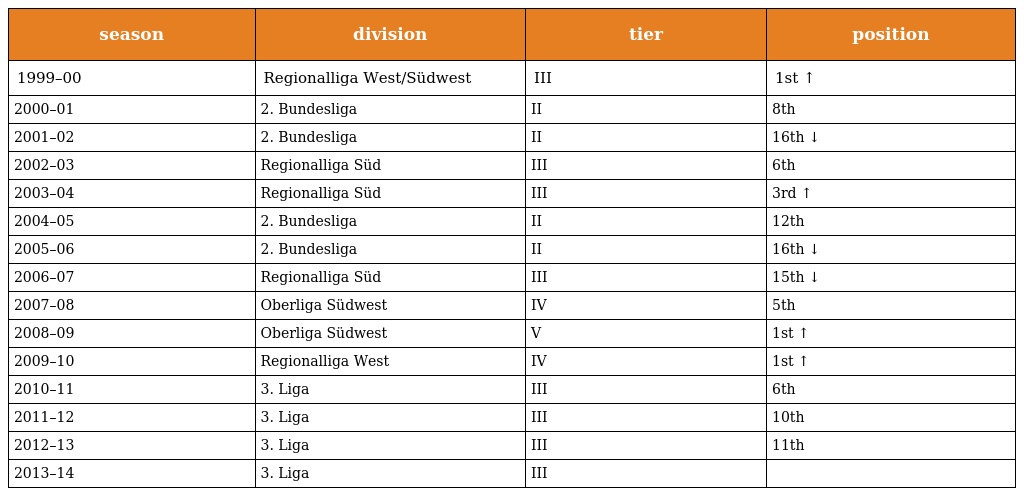
| season | division | tier | position |
 | --- | --- | --- | --- |
 | 1999–00 | Regionalliga West/Südwest | III | 1st ↑ |
 | 2000–01 | 2. Bundesliga | II | 8th |
 | 2001–02 | 2. Bundesliga | II | 16th ↓ |
 | 2002–03 | Regionalliga Süd | III | 6th |
 | 2003–04 | Regionalliga Süd | III | 3rd ↑ |
 | 2004–05 | 2. Bundesliga | II | 12th |
 | 2005–06 | 2. Bundesliga | II | 16th ↓ |
 | 2006–07 | Regionalliga Süd | III | 15th ↓ |
 | 2007–08 | Oberliga Südwest | IV | 5th |
 | 2008–09 | Oberliga Südwest | V | 1st ↑ |
 | 2009–10 | Regionalliga West | IV | 1st ↑ |
 | 2010–11 | 3. Liga | III | 6th |
 | 2011–12 | 3. Liga | III | 10th |
 | 2012–13 | 3. Liga | III | 11th |
 | 2013–14 | 3. Liga | III |  |